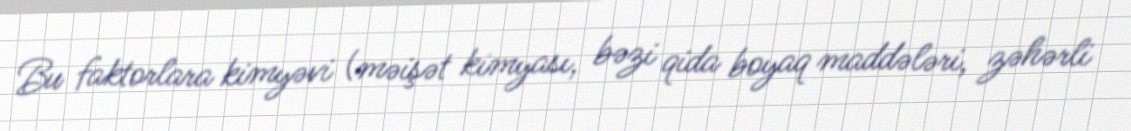
Bu faktorlara kimyəvi (məişət kimyası, bəzi qida boyaq maddələri, zəhərli